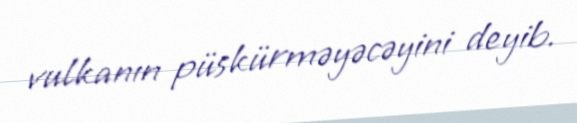
vulkanın püskürməyəcəyini deyib.